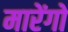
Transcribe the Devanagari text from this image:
मारेंगो